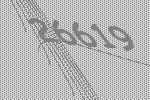
26619